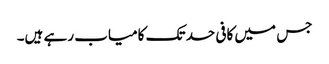
جس میں کافی حد تک کامیاب رہے ہیں۔